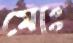
মোঃ